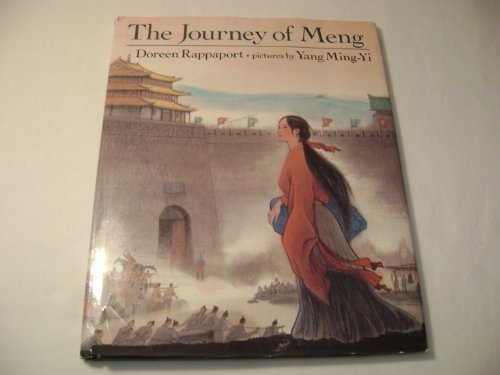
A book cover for The Journey of Meng; Doreen Rappaport; Children's Books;